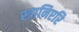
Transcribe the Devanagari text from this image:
स्त्रानिएरि